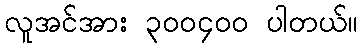
လူအင်အား ၃၀၀၄၀၀ ပါတယ်။